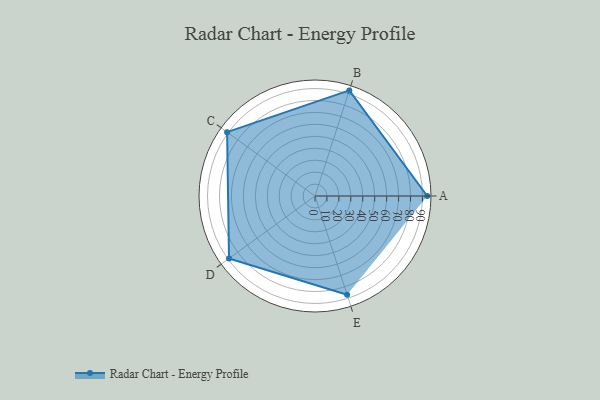
{"axis": {"x": "Skill", "y": "Score"}, "legend": ["Profile"], "data": [{"x": "A", "y": 94.0, "type": "Profile"}, {"x": "B", "y": 93.0, "type": "Profile"}, {"x": "C", "y": 91.0, "type": "Profile"}, {"x": "D", "y": 89.0, "type": "Profile"}, {"x": "E", "y": 87.0, "type": "Profile"}]}